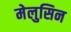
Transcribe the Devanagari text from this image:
मेलुसिन